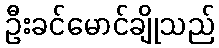
ဦးခင်မောင်ချိုသည်